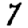
Digit: 7